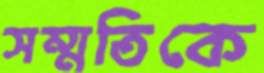
সম্মতিকে